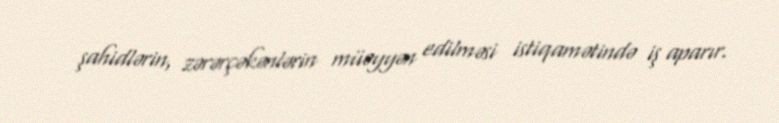
şahidlərin, zərərçəkənlərin müəyyən edilməsi istiqamətində iş aparır.